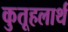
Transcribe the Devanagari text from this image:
कुतूहलार्थ